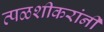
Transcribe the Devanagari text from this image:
त्पळशीकरांनी